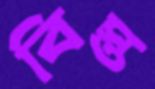
বিস্ত